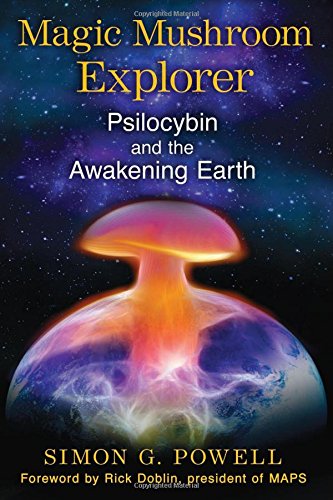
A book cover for Magic Mushroom Explorer: Psilocybin and the Awakening Earth; Simon G. Powell; Religion & Spirituality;